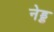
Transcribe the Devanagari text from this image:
नेड्ड